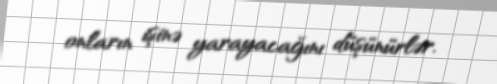
onların işinə yarayacağını düşünürlər.